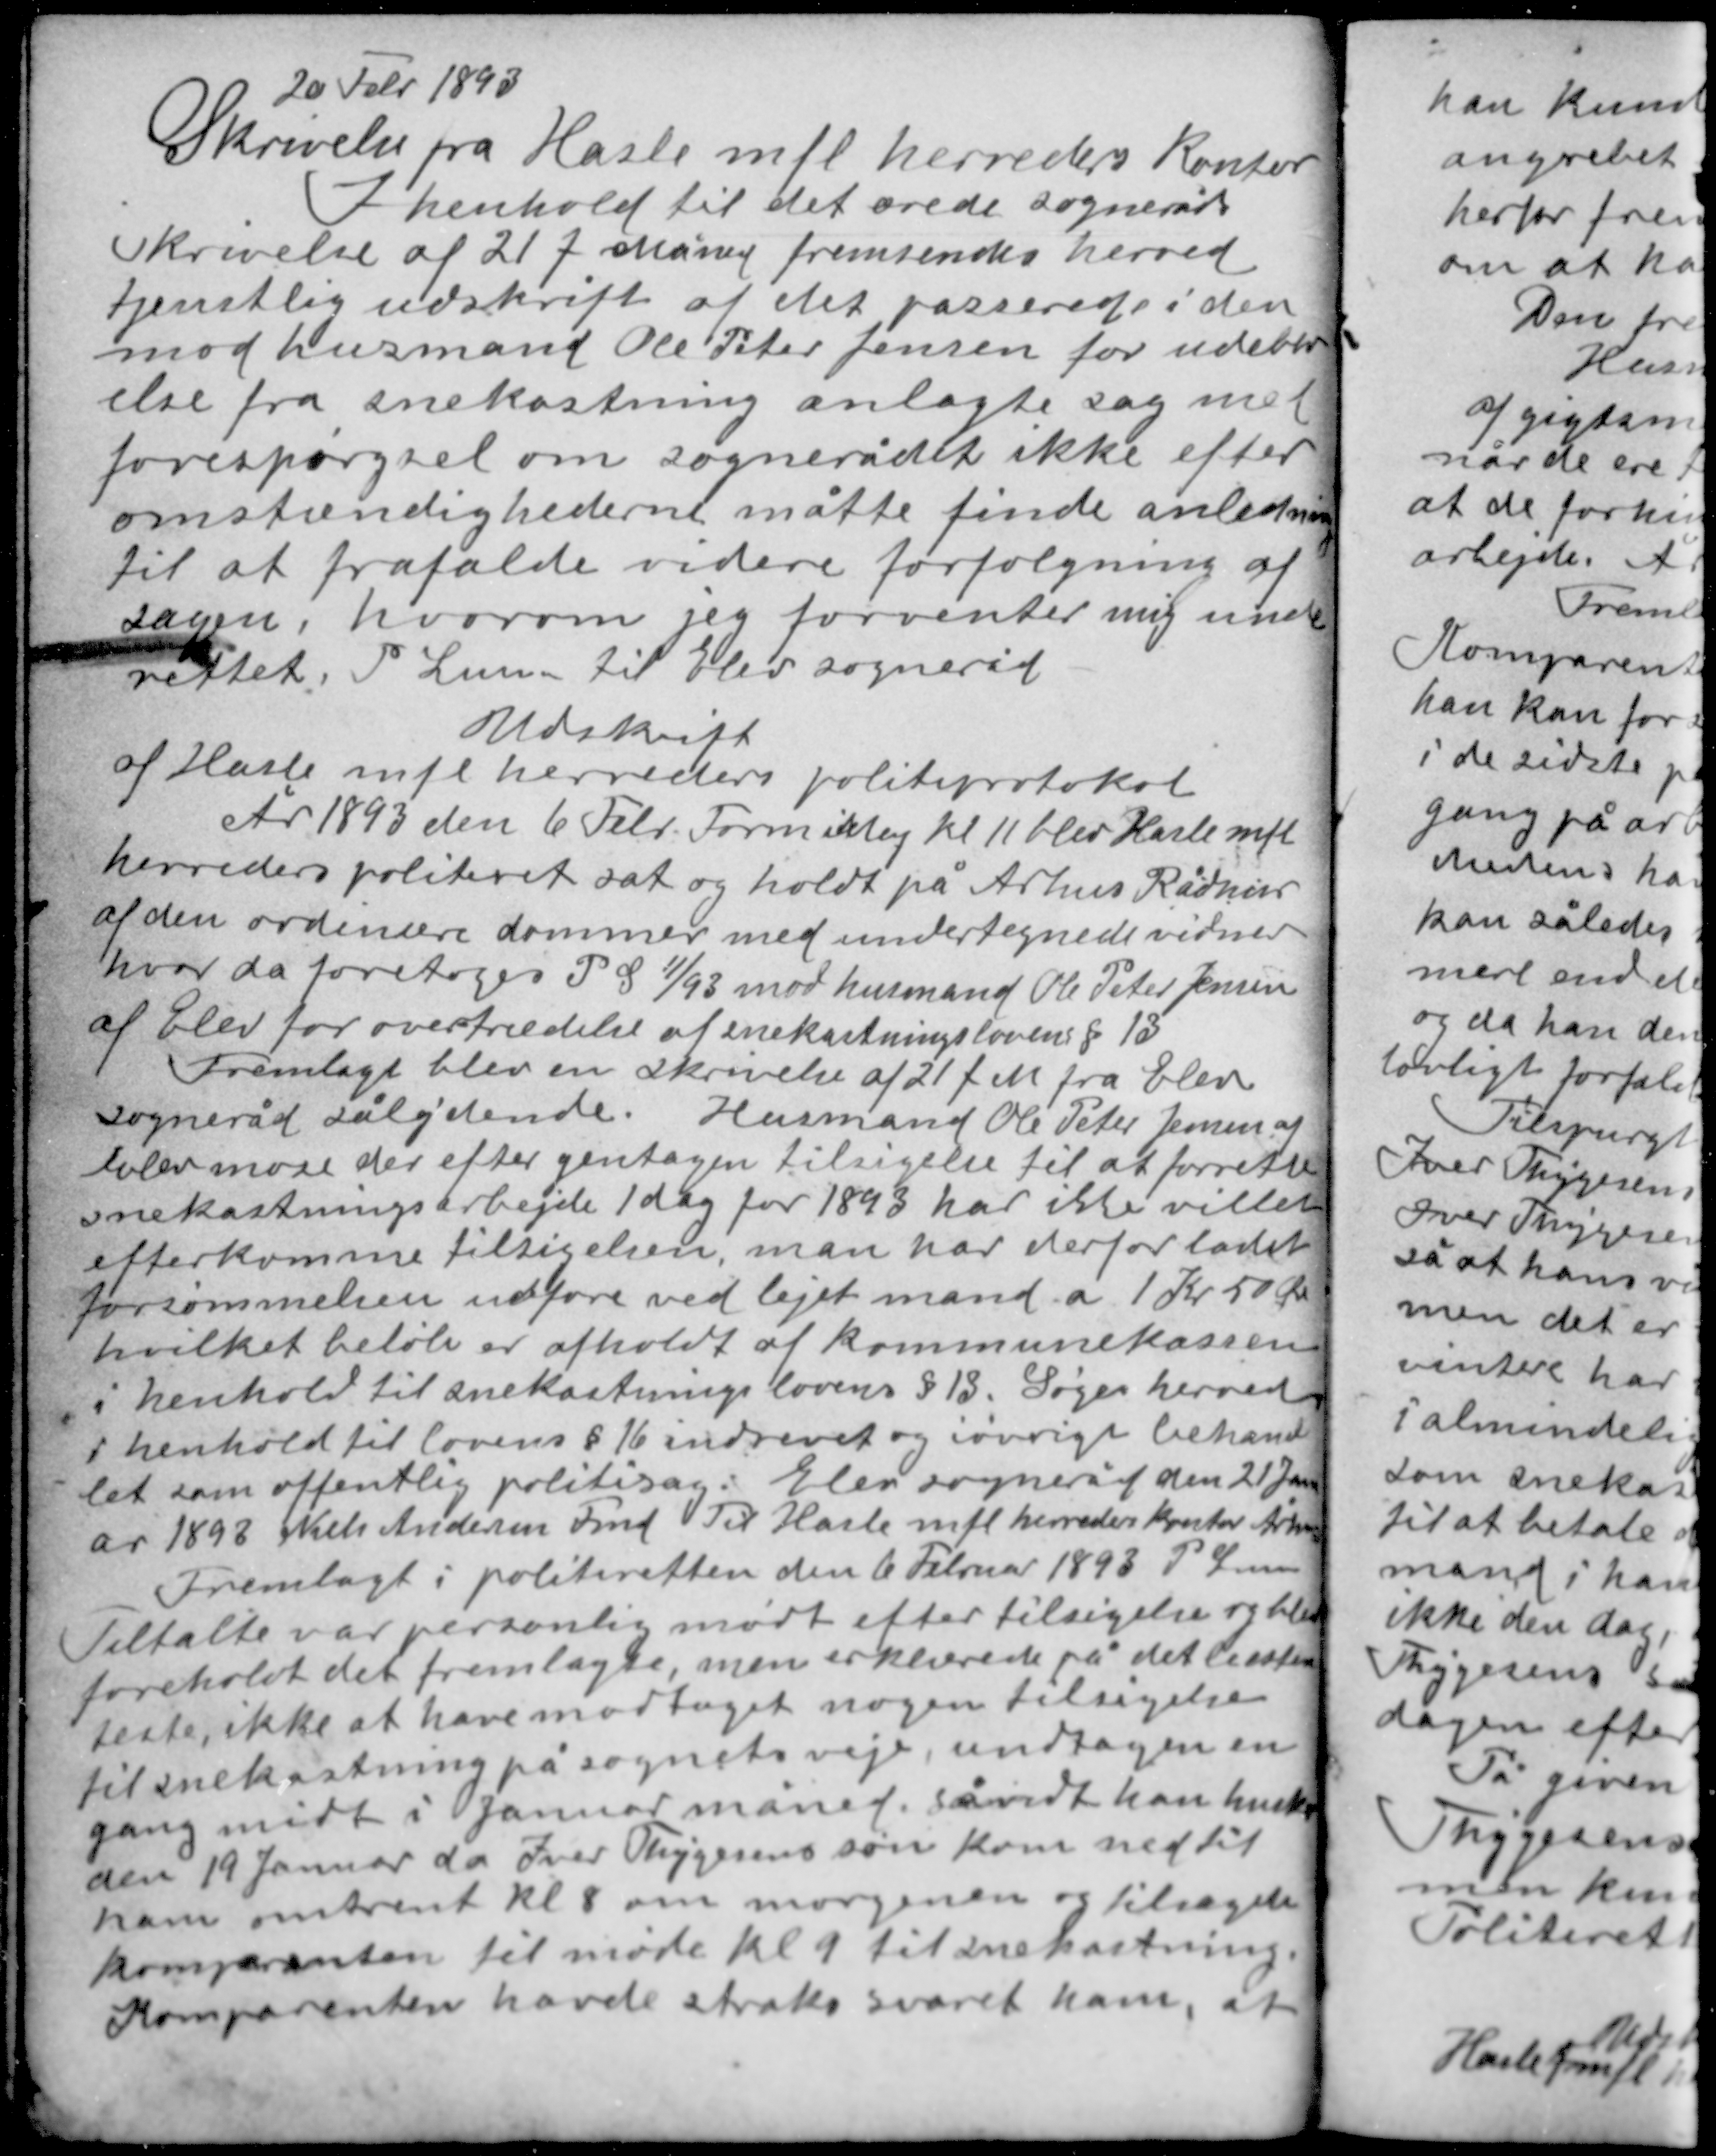
Transskription:
20 Febr 1893
Skrivelse fra Hasle mfl herreders kontor
I henhold til det ærede sogneråds
skrivelse af 21 f Måned fremsendes herved
tjenstlig udskrift af det passerede i den
mod husmand Ole Peter Jensen for udebliv-
else fra snekastning anlagte sag med
forespørgsel om sognerådet ikke efter
omstændighederne måtte finde anledning
til at frafalde videre forfølgning af
sagen, hvorom jeg forventer mig under-
rettet. P. Lunn til Elev sogneråd

Udskrift
af Hasle mfl herreders politiprotokol
År 1893 den 6 Febr Formiddag kl. 11 blev Hasle mfl
herreders politiret sat og holdt på Århus Rådhus
af den ordinære dommer med undertegnede vidner
hvor da foretoges P S 11/93 mod husmand Ole Peter Jensen
af Elev for overtrædelse af snekastningslovens § 13.
Fremlagt blev en skrivelse af 21 f M fra Elev
sogneråd sålydende. Husmand Ole Peter Jensen af
Elev mose der efter gentagen tilsigelse til at forrette
snekastningsarbejde 1 dag for 1893 har ikke villet
efterkomme tilsigelsen, man har derfor ladet
forsømmelsen udføre ved lejet mand a 1 Kr 50 Øre
hvilket beløb er afholdt af kommunekassen
i henhold til snekastningslovens § 13. Søger herved
i henhold til lovens § 16 indrevet og iøvrigt behand-
let som offentlig politisag. Elev sogneråd den 21 Janu-
ar 1893 Niels Andersen Fmd Til Hasle mfl herreders kontor Århus

Fremlagt i politiretten den 6 Februar 1893 P Lunn
Tiltalte var personlig mødt efter tilsigelse og blev
foreholdt det fremlagte, men erklærede på det bestem-
teste, ikke at have modtaget nogen tilsigelse
til snekastning på sognets veje undtagen en
gang midt i Januar måned såvidt han husker
den 19 Januar da Iver Thygesens søn kom ned til
ham omtrent kl 8 om morgenen og tilsagde
komparenten til møde kl. 9 til snekastning.
Komparenten havde straks svaret ham, at